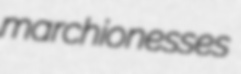
marchionesses